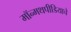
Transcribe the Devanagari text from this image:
मॉन्मथपीडियाचे